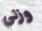
وزني